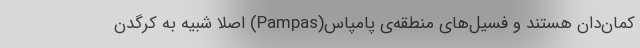
کمان‌دان هستند و فسیل‌های منطقه‌ی پامپاس(Pampas) اصلا شبیه به کرگدن